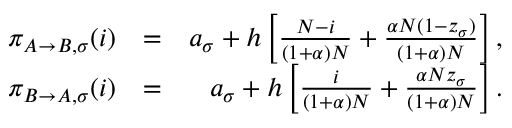
\begin{array} { r l r } { \pi _ { A \to B , \sigma } ( i ) } & { = } & { a _ { \sigma } + h \left[ \frac { N - i } { ( 1 + \alpha ) N } + \frac { \alpha N ( 1 - z _ { \sigma } ) } { ( 1 + \alpha ) N } \right] , } \\ { \pi _ { B \to A , \sigma } ( i ) } & { = } & { a _ { \sigma } + h \left[ \frac { i } { ( 1 + \alpha ) N } + \frac { \alpha N z _ { \sigma } } { ( 1 + \alpha ) N } \right] . } \end{array}